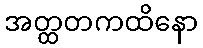
အတ္ထတကထိနော